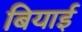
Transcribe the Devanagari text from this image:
बियाई